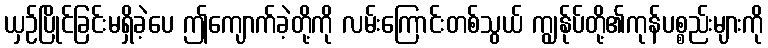
ယှဉ်ပြိုင်ခြင်းမရှိခဲ့ပေ ဤကျောက်ခဲ့တို့ကို လမ်းကြောင်းတစ်သွယ် ကျွန်ုပ်တို့၏ကုန်ပစ္စည်းများကို